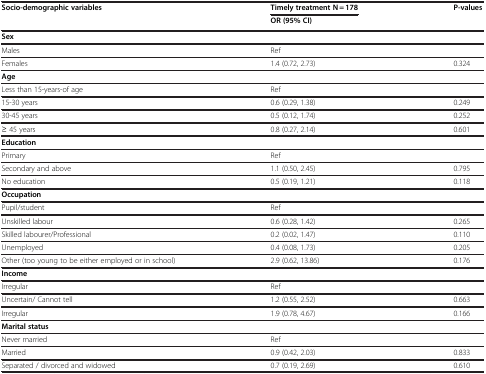
| <ROWSPAN=2> Socio-demographic variables | Timely treatment N = 178 | <ROWSPAN=2> P-values |
 | OR (95% CI) |
 | --- | --- | --- |
 | Sex |  |  |
 | Males | Ref |  |
 | Females | 1.4 (0.72, 2.73) | 0.324 |
 | Age |  |  |
 | Less than 15-years-of age | Ref |  |
 | 15-30 years | 0.6 (0.29, 1.38) | 0.249 |
 | 30-45 years | 0.5 (0.12, 1.74) | 0.252 |
 | ≥ 45 years | 0.8 (0.27, 2.14) | 0.601 |
 | Education |  |  |
 | Primary | Ref |  |
 | Secondary and above | 1.1 (0.50, 2.45) | 0.795 |
 | No education | 0.5 (0.19, 1.21) | 0.118 |
 | Occupation |  |  |
 | Pupil/student | Ref |  |
 | Unskilled labour | 0.6 (0.28, 1.42) | 0.265 |
 | Skilled labourer/Professional | 0.2 (0.02, 1.47) | 0.110 |
 | Unemployed | 0.4 (0.08, 1.73) | 0.205 |
 | Other (too young to be either employed or in school) | 2.9 (0.62, 13.86) | 0.176 |
 | Income |  |  |
 | Irregular | Ref |  |
 | Uncertain/ Cannot tell | 1.2 (0.55, 2.52) | 0.663 |
 | Irregular | 1.9 (0.78, 4.67) | 0.166 |
 | Marital status |  |  |
 | Never married | Ref |  |
 | Married | 0.9 (0.42, 2.03) | 0.833 |
 | Separated / divorced and widowed | 0.7 (0.19, 2.69) | 0.610 |